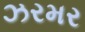
ઝરમર